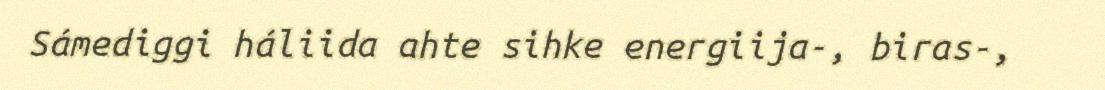
Sámediggi háliida ahte sihke energiija-, biras-,